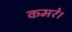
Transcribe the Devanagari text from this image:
कमरे।